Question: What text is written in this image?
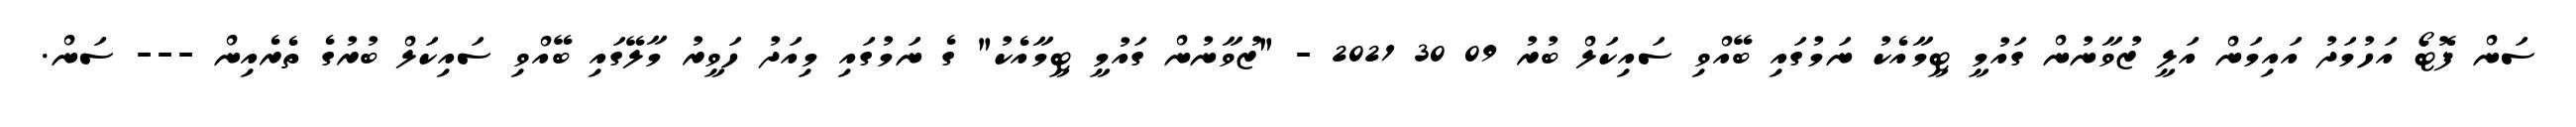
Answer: ސަން ފޮޓޯ އަހުމަދު އައިމަން އަލީ ޒުވާނުން ގައުމީ ޓީމާއެކު ނަމުގައި ބޭއްވި ސައިކަލް ބުރު 09 30 2021 - "ޒުވާނުން ގައުމީ ޓީމާއެކު" ގެ ނަމުގައި މިއަދު ހަވީރު މާލޭގައި ބޭއްވި ސައިކަލް ބުރުގެ ތެރެއިން --- ސަން.